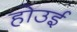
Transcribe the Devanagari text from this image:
होउई